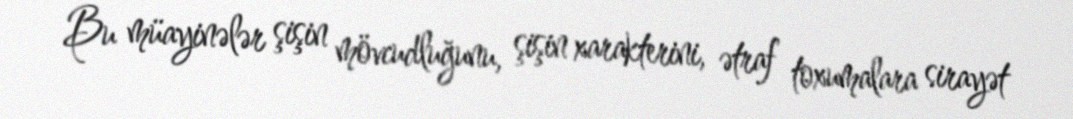
Bu müayinələr şişin mövcudluğunu, şişin xarakterini, ətraf toxumalara sirayət